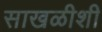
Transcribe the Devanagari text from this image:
साखळीशी